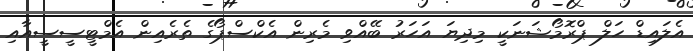
އެލައިޑް ހަލް ޕްރޮމޯޝަނަކީ މިދިޔަ އަހަރު ބޭއްވި މެރިން އެކްސްޕޯގެ ތެރެއިން އެމްޓީސީސީއާއި